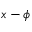
x - \phi